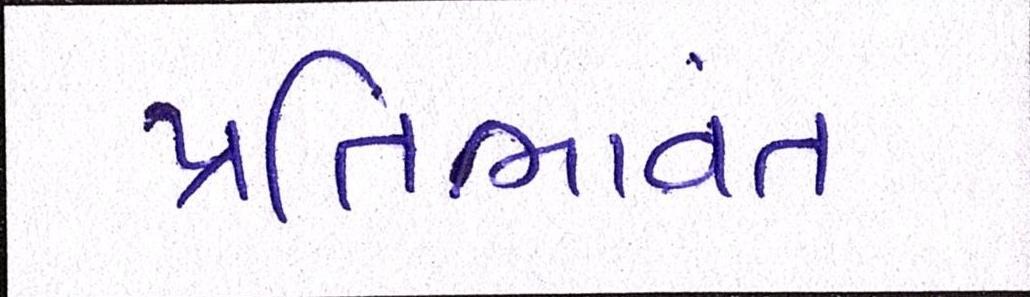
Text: પ્રતિભાવંત